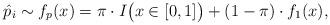
LaTeX: \begin{align*} \hat p_i\sim f_p(x)=\pi\cdot I\bigl(x\in[0,1]\bigr)+(1-\pi)\cdot f_1(x),\end{align*}